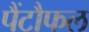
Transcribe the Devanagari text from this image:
पैंटौफल